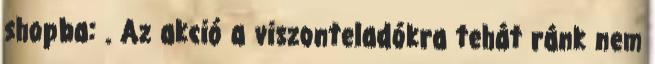
shopba: . Az akció a viszonteladókra tehát ránk nem